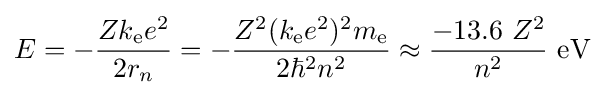
E=-{\frac {Zk_{\mathrm {e} }e^{2}}{2r_{n}}}=-{\frac {Z^{2}(k_{\mathrm {e} }e^{2})^{2}m_{\mathrm {e} }}{2\hbar ^{2}n^{2}}}\approx {\frac {-13.6\ Z^{2}}{n^{2}}}~\mathrm {eV}